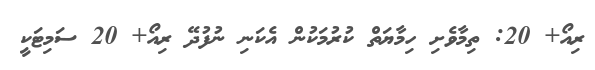
ރިއޯ+ 20: ތިމާވެށި ހިމާޔަތް ކުރުމަކުން އެކަނި ނުފުދޭ ރިއޯ+ 20 ސަމިޓަކީ